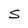
Character: S